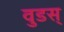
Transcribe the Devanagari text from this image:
वुडस्